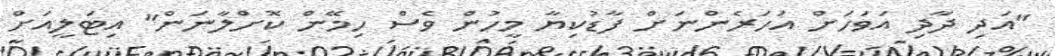
"އަދި ދާދި އަވަހަށް އަހަރެންނަށް ފާޑުކިޔާ މީހުން ވެސް ހިމޭން ކޮށްލާނަން" އިޓަލީއަށް